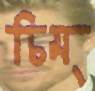
চিম্